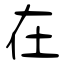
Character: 在